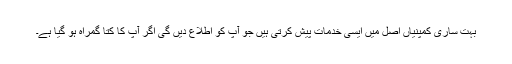
بہت ساری کمپنیاں اصل میں ایسی خدمات پیش کرتی ہیں جو آپ کو اطلاع دیں گی اگر آپ کا کتا گمراہ ہو گیا ہے۔